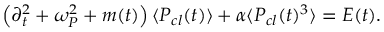
\left( \partial _ { t } ^ { 2 } + \omega _ { P } ^ { 2 } + m ( t ) \right) \langle P _ { c l } ( t ) \rangle + \alpha \langle P _ { c l } ( t ) ^ { 3 } \rangle = E ( t ) .